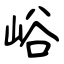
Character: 峪